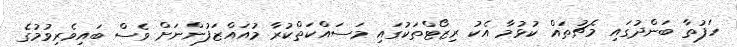
ހަފުތާ ބަންދުގައި މެޗުތައް ކުޅުމާ އެކު ރިޒޯޓްތަކުގައި މަސައްކަތްކުރާ މުއައްޒަފުންނަށް ވެސް ބައިވެރިވުމުގެ